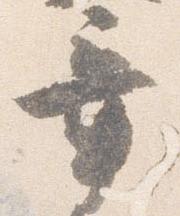
章